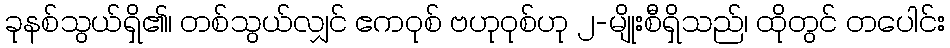
ခုနစ်သွယ်ရှိ၏၊ တစ်သွယ်လျှင် ဧကဝုစ် ဗဟုဝုစ်ဟု ၂-မျိုးစီရှိသည်၊ ထိုတွင် တပေါင်း